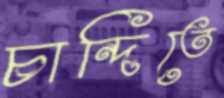
চান্দিতে